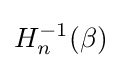
H_{n}^{-1}(\beta )